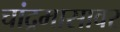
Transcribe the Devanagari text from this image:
चांद्रमासावर